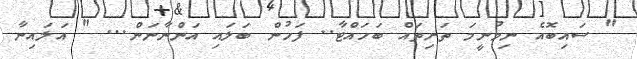
" ސައިބޮއެ ނިމުނީމަ ތަށިތައް ބަހައްޓާ.. ފަހުން ބަލައި އަންނާނަން... " އަލައިނާ